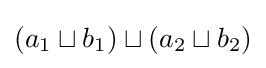
(a_{1}\sqcup b_{1})\sqcup (a_{2}\sqcup b_{2})